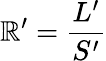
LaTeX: \mathbb{R}^{\prime}={\frac{{L^{\prime}}}{{S^{\prime}}}}